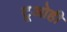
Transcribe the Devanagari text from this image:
टूओही